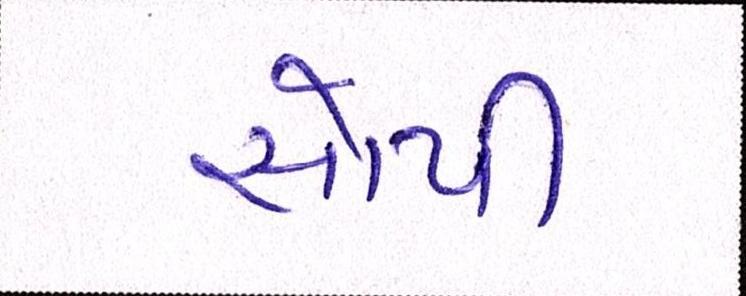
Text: સોપી